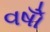
વષોઁ